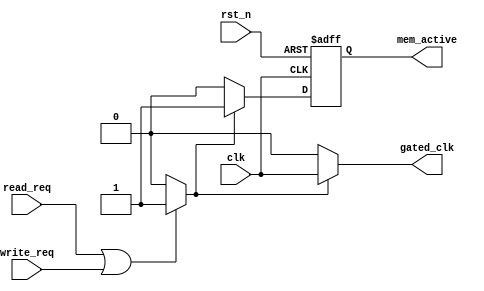
module dynamic_clock_gating (
    input wire clk,                // Input clock
    input wire rst_n,              // Active low reset
    input wire read_req,           // Read request signal
    input wire write_req,          // Write request signal
    output wire gated_clk,         // Gated clock output
    output wire mem_active         // Memory active signal
);

    reg gating_signal;             // Gating signal
    reg mem_active_reg;            // Memory active state register

    // Clock Gating Control Logic
    always @(*) begin
        // Determine active state based on read/write requests
        if (read_req || write_req) begin
            gating_signal = 1'b1;   // Enable clock gating if active
        end else begin
            gating_signal = 1'b0;   // Disable clock gating if idle
        end
    end

    // Memory active state tracking
    always @(posedge clk or negedge rst_n) begin
        if (!rst_n) begin
            mem_active_reg <= 1'b0;  // Reset memory active state
        end else if (gating_signal) begin
            mem_active_reg <= 1'b1;   // Set active state
        end else begin
            mem_active_reg <= 1'b0;   // Set idle state
        end
    end

    assign mem_active = mem_active_reg;

    // Clock Gating Cell
    assign gated_clk = gating_signal ? clk : 1'b0; // Gated clock output

endmodule